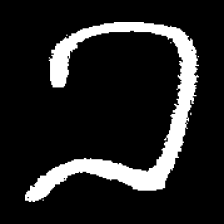
Pyu character \u2014 Myanmar letter: ခ (romanized: kha)